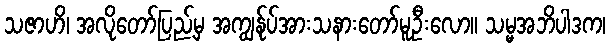
သဇာဟိ၊ အလိုတော်ပြည့်မှ အကျွန်ုပ်အားသနားတော်မူဦးလော။ သမ္မအဘိပါဒက၊